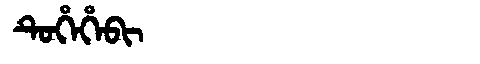
Manchu: ᡨᡠᡥᡝᡥᡝᠪᡳ
Romanization: TUHEHEBI